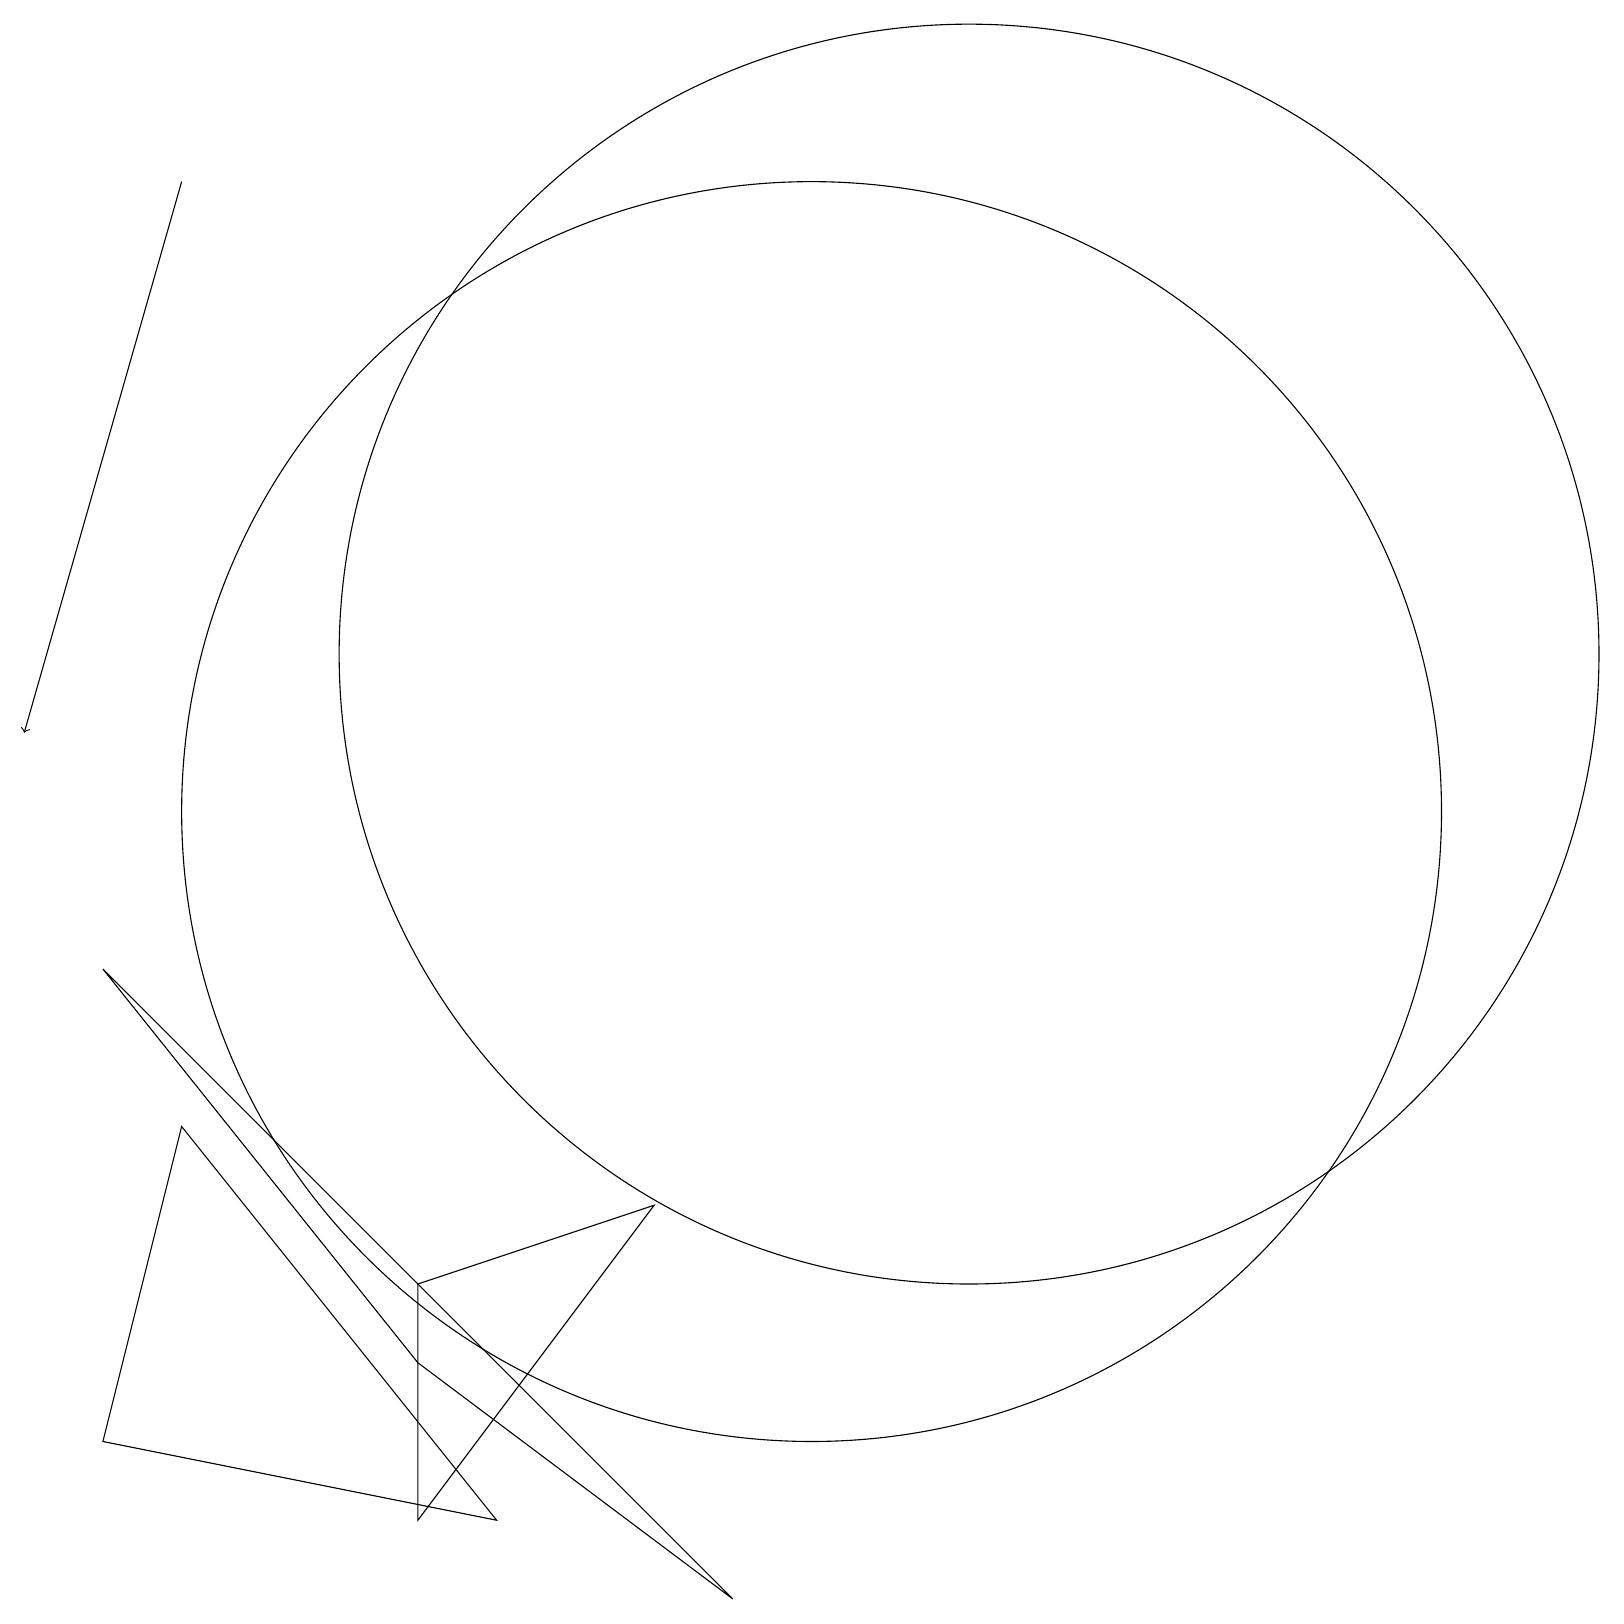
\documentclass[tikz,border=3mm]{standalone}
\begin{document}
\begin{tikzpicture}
\draw[->] (2,18) -- (0,11);
\draw (10,10) circle (8);
\draw (12,12) circle (8);
\draw (6,1) -- (1,2) -- (2,6) -- cycle;
\draw (8,5) -- (5,4) -- (5,1) -- cycle;
\draw (5,3) -- (9,0) -- (1,8) -- cycle;
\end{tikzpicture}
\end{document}